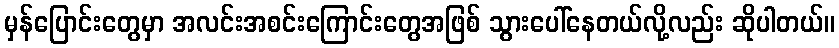
မှန်ပြောင်းတွေမှာ အလင်းအစင်းကြောင်းတွေအဖြစ် သွားပေါ်နေတယ်လို့လည်း ဆိုပါတယ်။